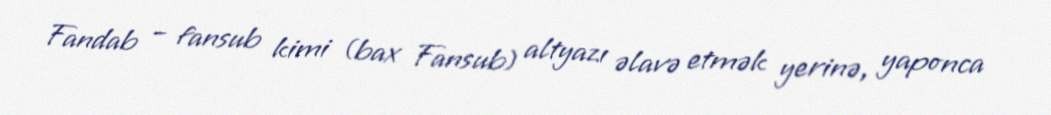
Fandab – fansub kimi (bax Fansub) altyazı əlavə etmək yerinə, yaponca